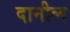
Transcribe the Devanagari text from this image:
दानील